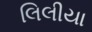
લિલીયા